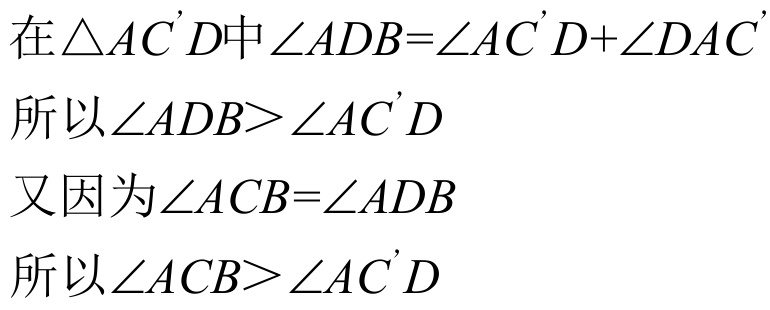
在$\triangle AC'D$中$\angle ADB = \angle AC'D+\angle DAC'$
所以$\angle ADB>\angle AC'D$
又因为$\angle ACB = \angle ADB$
所以$\angle ACB>\angle AC'D$